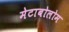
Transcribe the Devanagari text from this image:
मेटाबोलोम